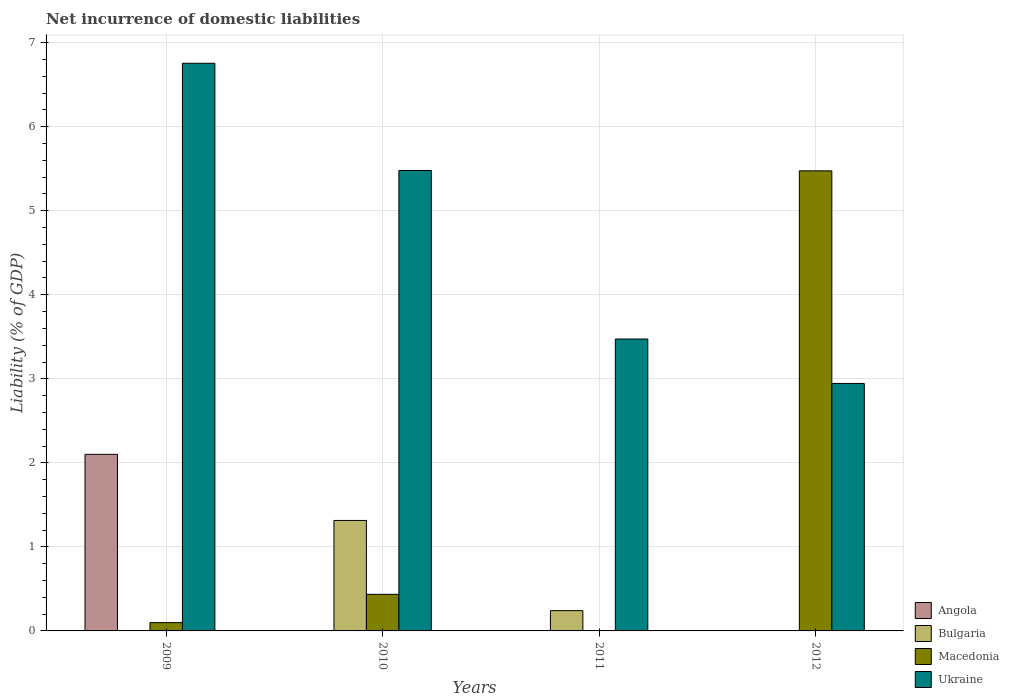
| Years | Angola | Bulgaria | Macedonia | Ukraine |
 | --- | --- | --- | --- | --- |
 | 2009 | 2.1 | -0.358 | 0.0989 | 6.76 |
 | 2010 | -2.11 | 1.31 | 0.435 | 5.48 |
 | 2011 | -2.12 | 0.241 | -0.452 | 3.47 |
 | 2012 | -3.3 | -0.318 | 5.48 | 2.95 |